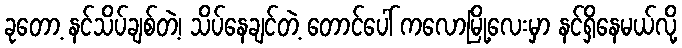
ခုတော့ နင်သိပ်ချစ်တဲ့၊ သိပ်နေချင်တဲ့ တောင်ပေါ် ကလောမြို့လေးမှာ နင်ရှိနေမယ်လို့